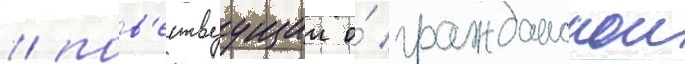
/ пов'ествуущии о́ гражданскои